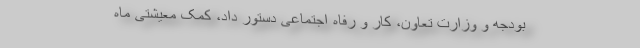
بودجه و وزارت تعاون، کار و رفاه اجتماعی دستور داد، کمک معیشتی ماه